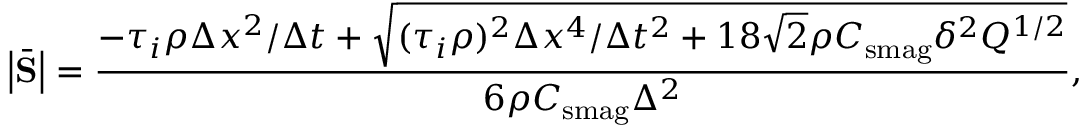
\left| \bar { \mathbf { S } } \right| = \frac { - \tau _ { i } \rho \Delta x ^ { 2 } / \Delta t + \sqrt { ( \tau _ { i } \rho ) ^ { 2 } \Delta x ^ { 4 } / \Delta t ^ { 2 } + 1 8 \sqrt { 2 } \rho C _ { \mathrm { s m a g } } \delta ^ { 2 } Q ^ { 1 / 2 } } } { 6 \rho C _ { \mathrm { s m a g } } \Delta ^ { 2 } } ,